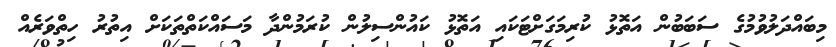
މިބައްދަލުވުމުގެ ސަބަބުން އަތޮޅު ކުރިމަގަށްޓަކައި އަތޮޅު ކައުންސިލުން ކުރަމުންދާ މަސައްކަތްތަކަށް އިތުރު ހިތްވަރެއް